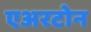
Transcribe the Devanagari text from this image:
एअरटोन